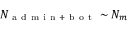
N _ { \mathrm { ~ a ~ d ~ m ~ i ~ n ~ + ~ b ~ o ~ t ~ } } \sim N _ { m }